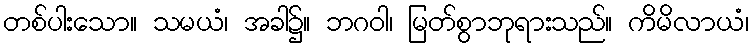
တစ်ပါးသော။ သမယံ၊ အခါ၌။ ဘဂဝါ၊ မြတ်စွာဘုရားသည်။ ကိမိလာယံ၊